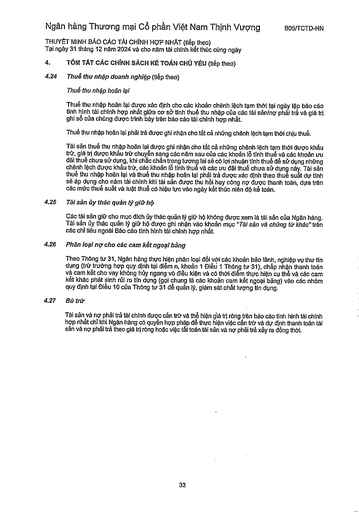
|4.|TÓM TẮT CÁC CHÍNH SÁCH KẾ TOÁN CHỦ YẾU (tiếp theo)| |---|---| |4.24|Thuế thu nhập doanh nghiệp (tiếp theo)| ||Thuế thu nhập hoãn lại| ||Thuế thu nhập hoãn lại được xác định cho các khoản chênh lệch tạm thời tại ngày lập báo cáo tình hình tài chính hợp nhất giữa cơ sở tính thuế thu nhập của các tài sản/nợ phải trả và giá trị ghi sổ của chúng được trình bày trên báo cáo tài chính hợp nhất.| ||Thuế thu nhập hoãn lại phải trả được ghi nhận cho tất cả những chênh lệch tạm thời chịu thuế.| ||Tài sản thuế thu nhập hoãn lại được ghi nhận cho tất cả những chênh lệch tạm thời được khấu trừ, giá trị được khấu trừ chuyển sang các năm sau của các khoản lỗ tính thuế và các khoản ưu đãi thuế chưa sử dụng, khi chắc chắn trong tương lai sẽ có lợi nhuận tính thuế để sử dụng những chênh lệch được khấu trừ, các khoản lỗ tính thuế và các ưu đãi thuế chưa sử dụng này. Tài sản thuế thu nhập hoãn lại và thuế thu nhập hoãn lại phải trả được xác định theo thuế suất dự tính sẽ áp dụng cho năm tài chính khi tài sản được thu hồi hay công nợ được thanh toán, dựa trên các mức thuế suất và luật thuế có hiệu lực vào ngày kết thúc niên độ kế toán.| |4.25|Tài sản ủy thác quản lý giữ hộ| ||Các tài sản giữ cho mục đích ủy thác quản lý giữ hộ không được xem là tài sản của Ngân hàng. Tài sản ủy thác quản lý giữ hộ được ghi nhận vào khoản mục "Tài sản và chứng từ khác" trên các chỉ tiêu ngoài Báo cáo tình hình tài chính hợp nhất.| |4.26|Phân loại nợ cho các cam kết ngoại bảng| ||Theo Thông tư 31, Ngân hàng thực hiện phân loại đối với các khoản bảo lãnh, nghiệp vụ thu tín dụng (trừ trường hợp quy định tại điểm n, khoản 1 Điều 1 Thông tư 31), chấp nhận thanh toán và cam kết cho vay không hủy ngang vô điều kiện và có thời điểm thực hiện cụ thể và các cam kết khác phát sinh rủi ro tín dụng (gọi chung là các khoản cam kết ngoại bảng) vào các nhóm quy định tại Điều 10 của Thông tư 31 để quản lý, giám sát chất lượng tín dụng.| |4.27|Bù trừ| ||Tài sản và nợ phải trả tài chính được cấn trừ và thể hiện giá trị ròng trên báo cáo tình hình tài chính hợp nhất chỉ khi Ngân hàng có quyền hợp pháp để thực hiện việc cấn trừ và dự định thanh toán tài sản và nợ phải trả theo giá trị ròng hoặc việc tất toán tài sản và nợ phải trả xảy ra đồng thời.|